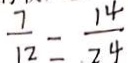
\frac { 7 } { 1 2 } = \frac { 1 4 } { 7 4 }